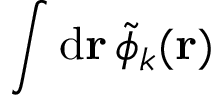
\int \mathrm { d } \mathbf { r } \, \tilde { \phi } _ { k } ( \mathbf { r } )